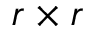
r \times r